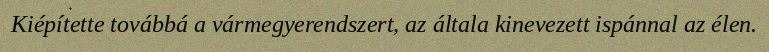
Kiépítette továbbá a vármegyerendszert, az általa kinevezett ispánnal az élen.